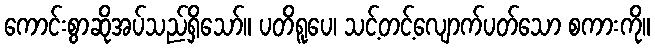
ကောင်းစွာဆိုအပ်သည်ရှိသော်။ ပတိရူပေ၊ သင့်တင့်လျောက်ပတ်သော စကားကို။